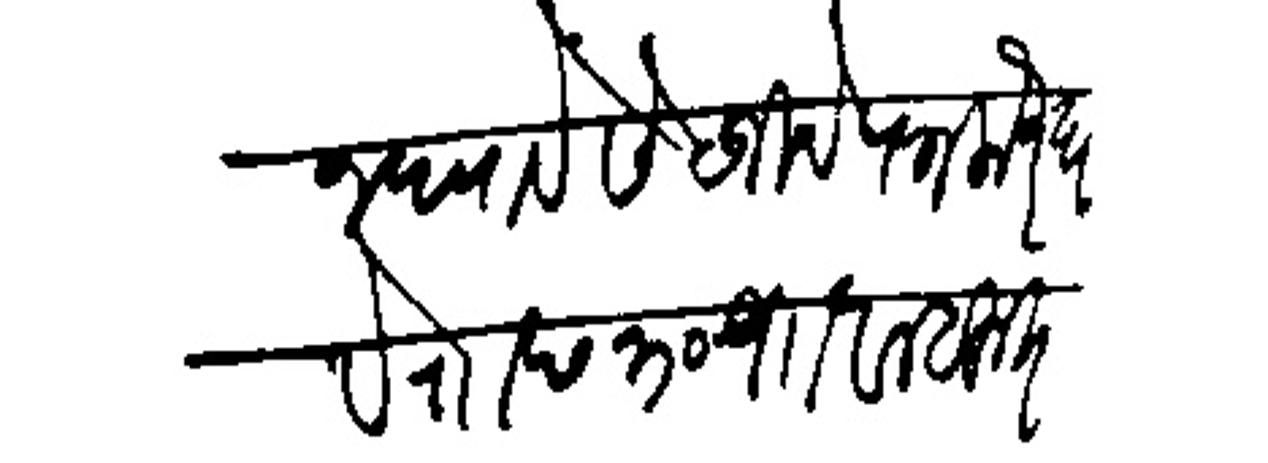
Transliteration (Devanagari): पाठऊन द्यावे सेटजीचे पत्र लौकर यावे राा छ ३० राावल बहुत